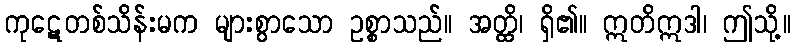
ကုဋေတစ်သိန်းမက များစွာသော ဥစ္စာသည်။ အတ္ထိ၊ ရှိ၏။ ဣတိဣဒါ၊ ဤသို့။